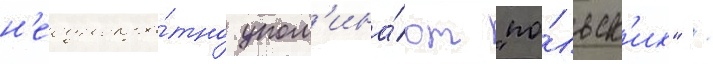
н'еоднокра́тно упом'ина́ют "по́льск'их" /